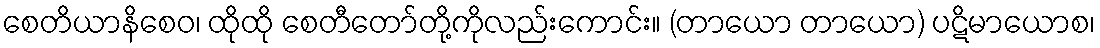
စေတိယာနိစေဝ၊ ထိုထို စေတီတော်တို့ကိုလည်းကောင်း။ (တာယော တာယော) ပဋိမာယောစ၊